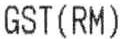
GST(RM)